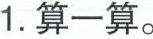
1.算一算。